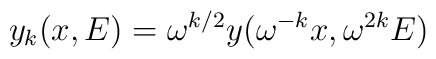
y_k(x,E)=\omega^{k/2}y(\omega^{-k}x,\omega^{2k}E)